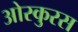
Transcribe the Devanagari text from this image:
ओस्कुरस